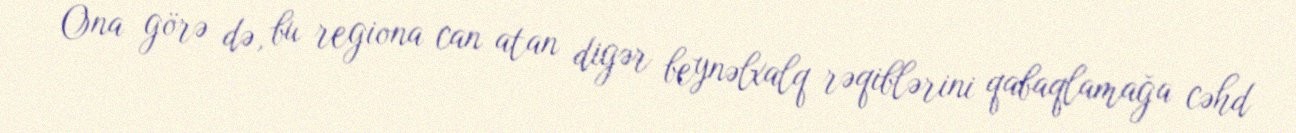
Ona görə də, bu regiona can atan digər beynəlxalq rəqiblərini qabaqlamağa cəhd